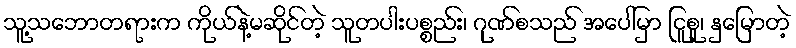
သူ့သဘောတရားက ကိုယ်နဲ့မဆိုင်တဲ့ သူတပါးပစ္စည်း၊ ဂုဏ်စသည် အပေါ်မှာ ငြူစူ၊ နှမြောတဲ့